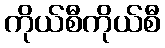
ကိုယ်စီကိုယ်စီ